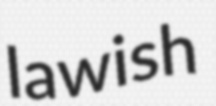
lawish